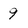
Character: 9